Civil Veterinary Department Bihar & Orissa reports 1929-36 - 1929-1936
Year: 1929
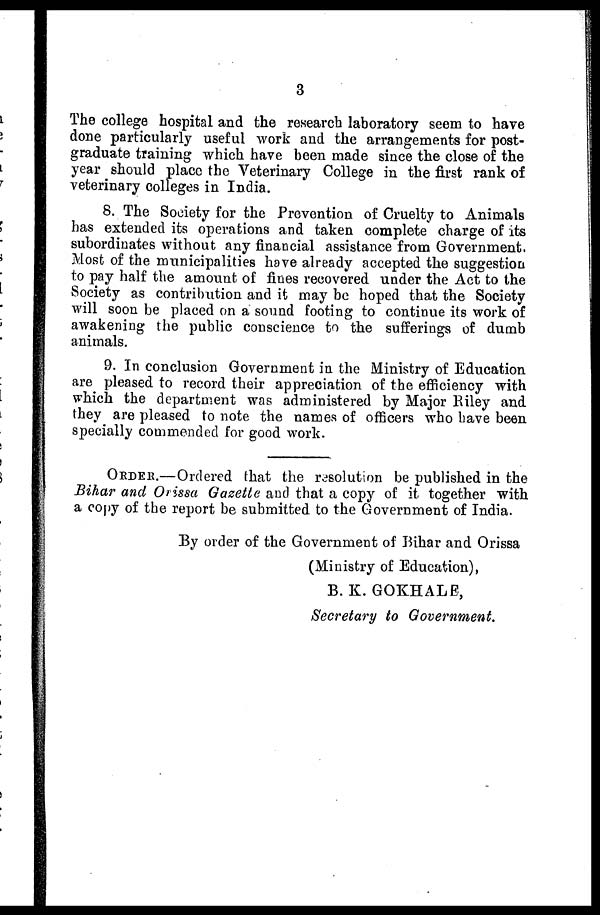
3
The college hospital and the research laboratory seem to have
done particularly useful work and the arrangements for post-
graduate training which have been made since the close of the
year should place the Veterinary College in the first rank of
veterinary colleges in India.
8. The Society for the Prevention of Cruelty to Animals
has extended its operations and taken complete charge of its
subordinates without any financial assistance from Government.
Most of the municipalities have already accepted the suggestion
to pay half the amount of fines recovered under the Act to the
Society as contribution and it may be hoped that the Society
will soon be placed on a sound footing to continue its work of
awakening the public conscience to the sufferings of dumb
animals.
9. In conclusion Government in the Ministry of Education
are pleased to record their appreciation of the efficiency with
which the department was administered by Major Riley and
they are pleased to note the names of officers who have been
specially commended for good work.
ORDER.—Ordered that the resolution be published in the
Bihar and Orissa Gazette and that a copy of it together with
a copy of the report be submitted to the Government of India.
By order of the Government of Bihar and Orissa
(Ministry of Education),
B. K. GOKHALE,
Secretary to Government.